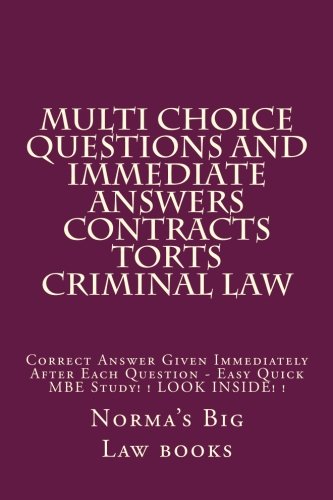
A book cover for Multi choice questions and immediate answers Contracts Torts Criminal law: Correct Answer Given Immediately After Each Question - Easy Quick MBE Study! ! LOOK INSIDE! !; Norma's Big Law books; Test Preparation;